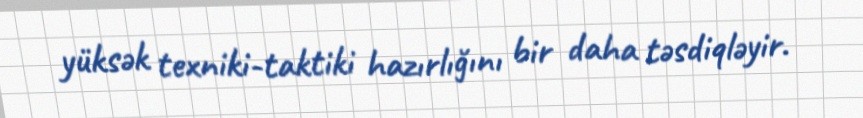
yüksək texniki-taktiki hazırlığını bir daha təsdiqləyir.